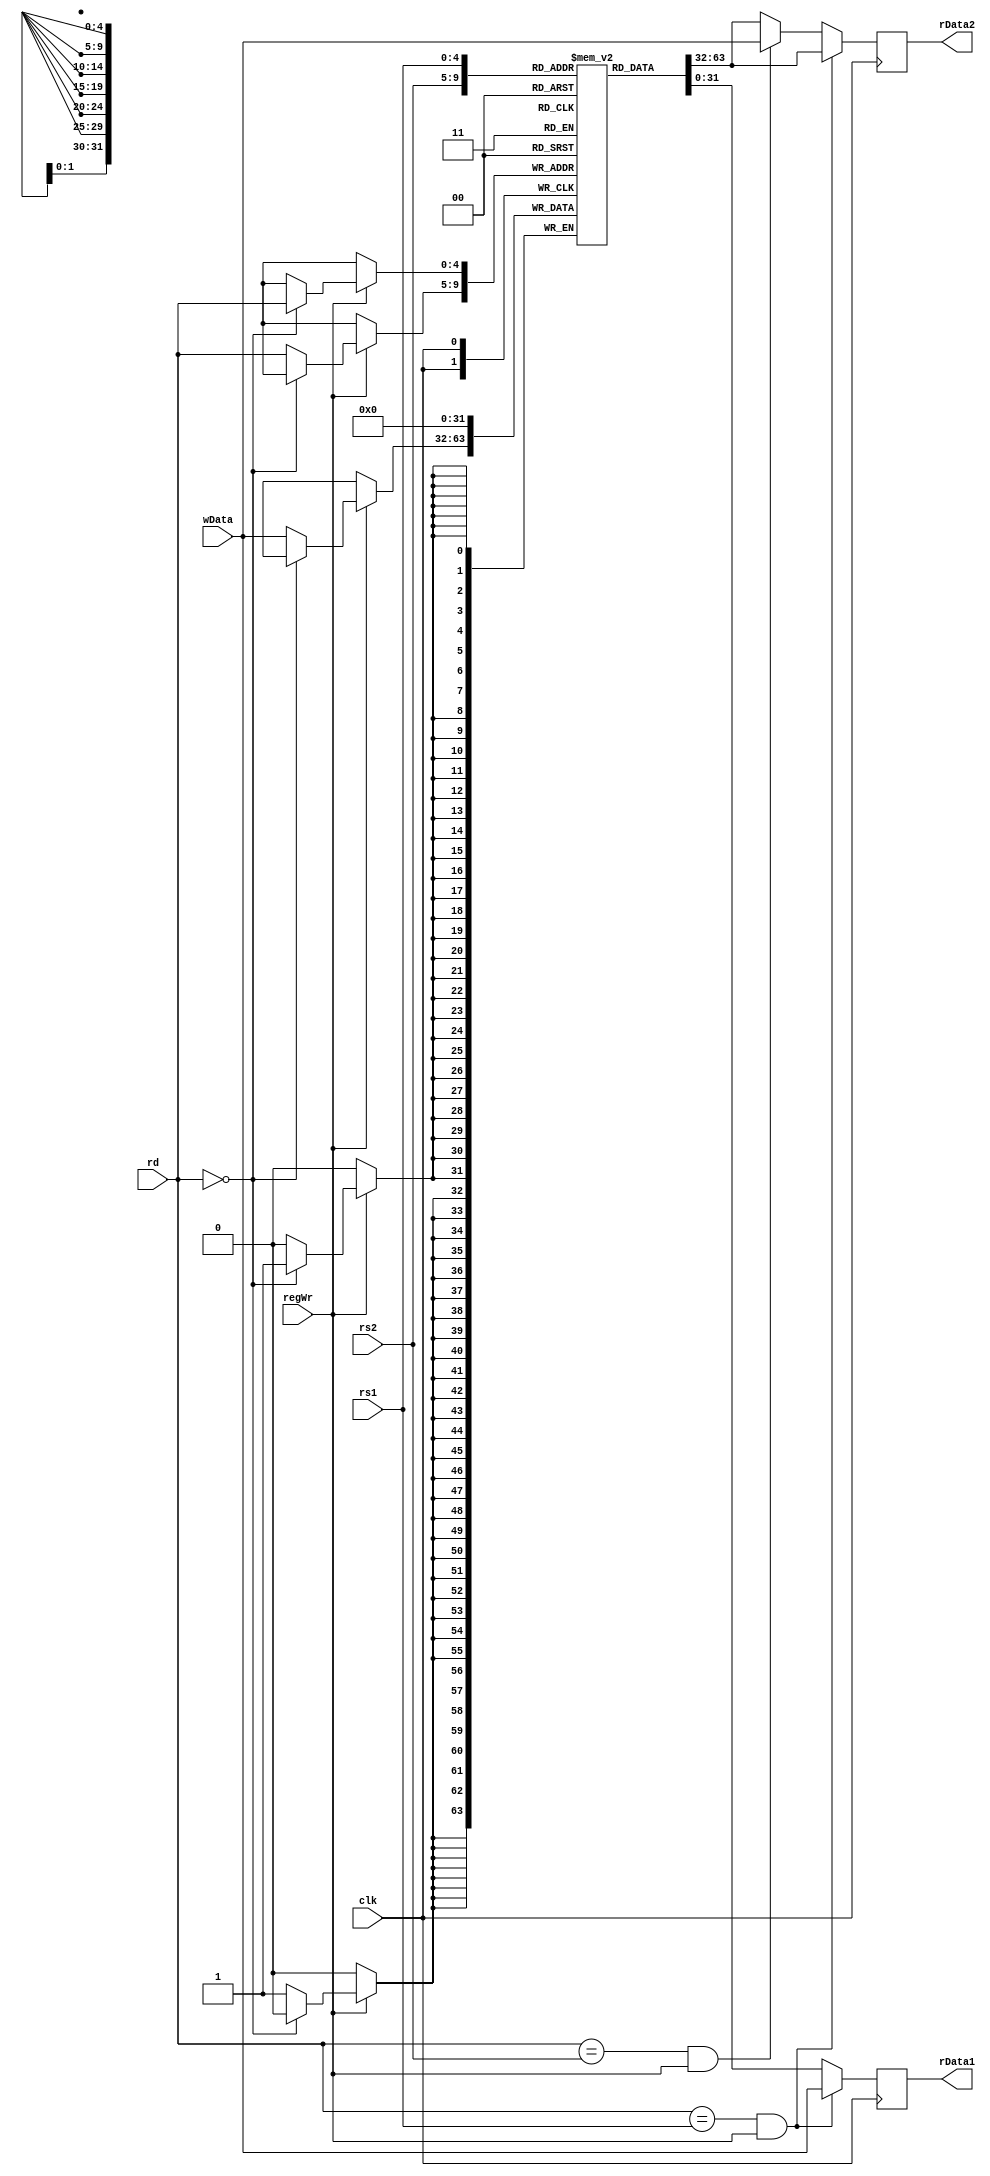
module regfile(rs1, rs2, rd, rData1, rData2, wData, regWr, clk);

    // rsA and rsB are read registers
    // rd is writing to 
    // rdata is read data
    // wdata write data
    // regWr, enabling writing
    
    // Interface
    parameter SIZE=32;
    
    input [4:0] rs1, rs2, rd;
    input [31:0] wData;
    input regWr, clk;
    output reg [31:0] rData1, rData2;
    reg [31:0] mem[(SIZE-1):0];
    // initial mem[0] = 32'b0;
    
   
   integer i;
   initial begin
     for (i = 0; i < 32; i = i + 1) begin
            mem[i] = 32'd0;
     end
    end

    // Write
    always @ (posedge clk) begin
        if (regWr) begin
            if (rd == 5'b0) begin
                $write("don't write to register 0!!!\n");
                mem[rd] <= 32'b0;
            end
            else begin
                $write("writing val %x to register %x\n", wData, rd);
                mem[rd] <= wData[31:0];
            end
        end
        $write("reading val %x from reg %x\n", rData1, rs1);
        $write("reading val %x from reg %x\n", rData2, rs2);
        // DEBUG
        // $display("===============REGISTER DUMP===============");
        // $display("reg %x: %x \t reg %x: %x", 0, mem[0],  4, mem[4]);
        // $display("reg %x: %x \t reg %x: %x", 5, mem[5],  6, mem[6]);
        // $display("===========================================");
        // for (i = 0; i < 32; i = i + 1)
        //     $display("reg %x: %x", i, mem[i]);
        
    end
    
        // Read
     always @ (negedge clk) begin
        
        if (rd == rs1 & regWr == 1) begin 
            rData1 <= wData;
            rData2 <= mem[rs2];
        end
        else if(rd == rs2 & regWr == 1) begin
            rData2 <= wData;
            rData1 <= mem[rs1];
        end 
        else begin
            rData1 <= mem[rs1];
            rData2 <= mem[rs2];
        end
        
     end
    
endmodule // regfile


module fpregfile(rs, rd, rData, wData, regWr, clk, fp);

    // floating point registers
    
    // rs1 and rs2 are read registers
    // rd is writing to 
    // rdata is read data
    // wdata write data
    // regWr, enabling writing
    
    // Interface
    parameter SIZE=32;
    
    input [4:0] rs, rd;
    input [31:0] wData;
    input regWr, clk, fp;
    output [31:0] rData; //busFP on the pipeline level
    reg [31:0] mem[(SIZE-1):0];
    initial mem[0] = 32'd0;
    
   
   integer i;
   initial begin
     for (i = 0; i < 32; i = i + 1)
            mem[i] = 8'h0;
    
    end
    
    // Read
    assign rData = mem[rs];
    
    // Write
    always @ (posedge clk) begin
        if (~regWr && fp) begin
            $display("writing val %x to fp register %x ", wData, rd);
            mem[rd] <= wData[31:0];
        end
        
        // DEBUG
        // $display("===============REGISTER DUMP===============");
        // $display("reg %x: %x \t reg %x: %x", 0, mem[0],  4, mem[4]);
        // $display("reg %x: %x \t reg %x: %x", 5, mem[5],  6, mem[6]);
        // $display("===========================================");
        // for (i = 0; i < 32; i = i + 1)
        //     $display("reg %x: %x", i, mem[i]);
        
    end
    
endmodule // fpregfile